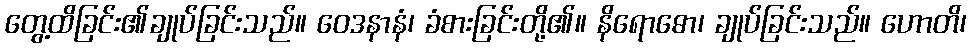
တွေ့ထိခြင်း၏ချုပ်ခြင်းသည်။ ဝေဒနာနံ၊ ခံစားခြင်းတို့၏။ နိရောဓော၊ ချုပ်ခြင်းသည်။ ဟောတိ၊